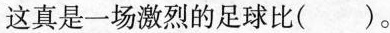
这真是一场激烈的足球比()。